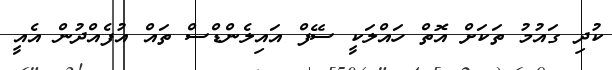
ކުދި ގައުމު ތަކަށް އޮތް ހައްލަކީ ސޭފް އައިލެންޑްސް ތައް އުފެއްދުން އެއީ